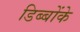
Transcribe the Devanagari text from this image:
डिब्बोंके